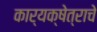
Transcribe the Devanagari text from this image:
कार्यक्षेत्राचे